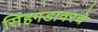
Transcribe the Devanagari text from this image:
सिंहगडावरचे